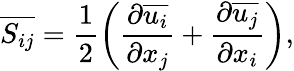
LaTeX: \overline{{S_{ij}}}=\frac{1}{2}\left(\frac{\partial\overline{{u_{i}}}}{\partial x_{j}}+\frac{\partial\overline{{u_{j}}}}{\partial x_{i}}\right),